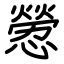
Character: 憥